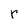
Character: r